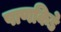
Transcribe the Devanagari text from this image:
पाणकिडे